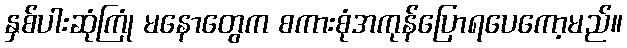
နှစ်ပါးဆုံကြုံ မနောတွေက စကားစုံအကုန်ပြောရပေကော့မည်။